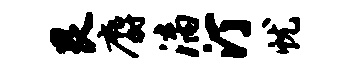
艮麝漓汀忧